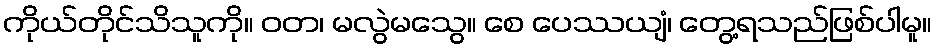
ကိုယ်တိုင်သိသူကို။ ဝတ၊ မလွဲမသွေ။ စေ ပေဿယျံ၊ တွေ့ရသည်ဖြစ်ပါမူ။